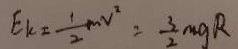
E _ { k } = \frac { 1 } { 2 } m v ^ { 2 } = \frac { 3 } { 2 } m g R